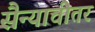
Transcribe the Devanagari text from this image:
सैन्याचीतर